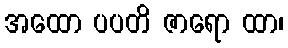
အထော ပပတိ ဇာရော ထာ၊